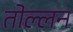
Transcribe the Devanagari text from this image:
तोल्लन